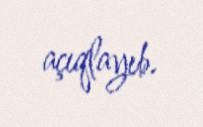
açıqlayıb.